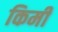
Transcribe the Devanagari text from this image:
किमी